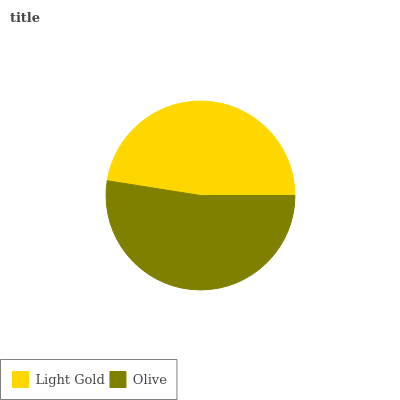
| Light Gold | Olive |
 | --- | --- |
 | 47.5% | 52.5% |